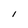
Character: i